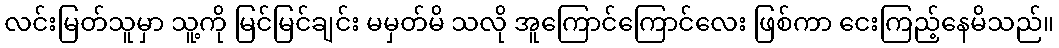
လင်းမြတ်သူမှာ သူ့ကို မြင်မြင်ချင်း မမှတ်မိ သလို အူကြောင်ကြောင်လေး ဖြစ်ကာ ငေးကြည့်နေမိသည်။